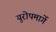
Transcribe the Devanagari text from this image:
युरोपमार्गे